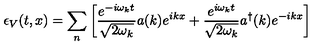
\epsilon _ { V } ( t , x ) = \sum _ { n } \left[ \frac { e ^ { - i \omega _ { k } t } } { \sqrt { 2 \omega _ { k } } } a ( k ) e ^ { i k x } + \frac { e ^ { i \omega _ { k } t } } { \sqrt { 2 \omega _ { k } } } a ^ { \dagger } ( k ) e ^ { - i k x } \right]